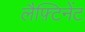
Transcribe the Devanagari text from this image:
लैफ़्टिनेंट